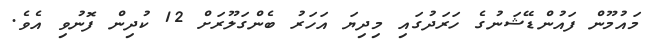
މައުމޫން ފައުންޑޭޝަނުގެ ހަރަދުގައި މިދިޔަ އަހަރު ބެންގަލޫރަށް 12 ކުދިން ފޮނުވި އެވެ.